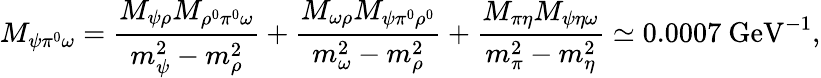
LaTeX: M_{\psi\pi^{0}\omega}=\frac{M_{\psi\rho}M_{\rho^{0}\pi^{0}\omega}}{m_{\psi}^{2}-m_{\rho}^{2}}+\frac{M_{\omega\rho}M_{\psi\pi^{0}\rho^{0}}}{m_{\omega}^{2}-m_{\rho}^{2}}+\frac{M_{\pi\eta}M_{\psi\eta\omega}}{m_{\pi}^{2}-m_{\eta}^{2}}\simeq 0.0007\mathrm{~GeV}^{-1},